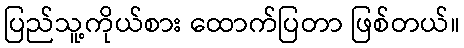
ပြည်သူ့ကိုယ်စား ထောက်ပြတာ ဖြစ်တယ်။